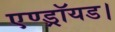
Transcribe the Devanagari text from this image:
एण्ड्रॉयड।